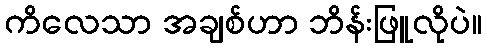
ကိလေသာ အချစ်ဟာ ဘိန်းဖြူလိုပဲ။